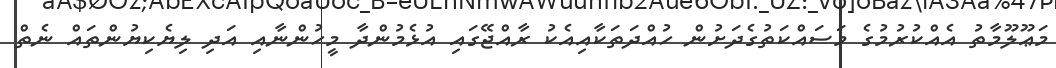
މަޢޫލޫމާތު އެއްކުރުމުގެ މަސައްކަތުގެދަށުން ހުއްދަތަކާއިއެކު ރާއްޖޭގައި އުޅެމުންދާ މީހުންނާއި އަދި ލިޔެކިޔުންތައް ނެތް